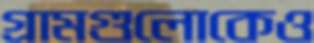
গ্রামগুলোকেও